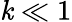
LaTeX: \mathit{k}\ll1